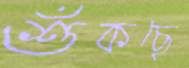
শুঁকছে